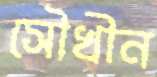
সৌখীন